Report on vaccination in the Province of Bengal - 1869-1873
Year: 1869
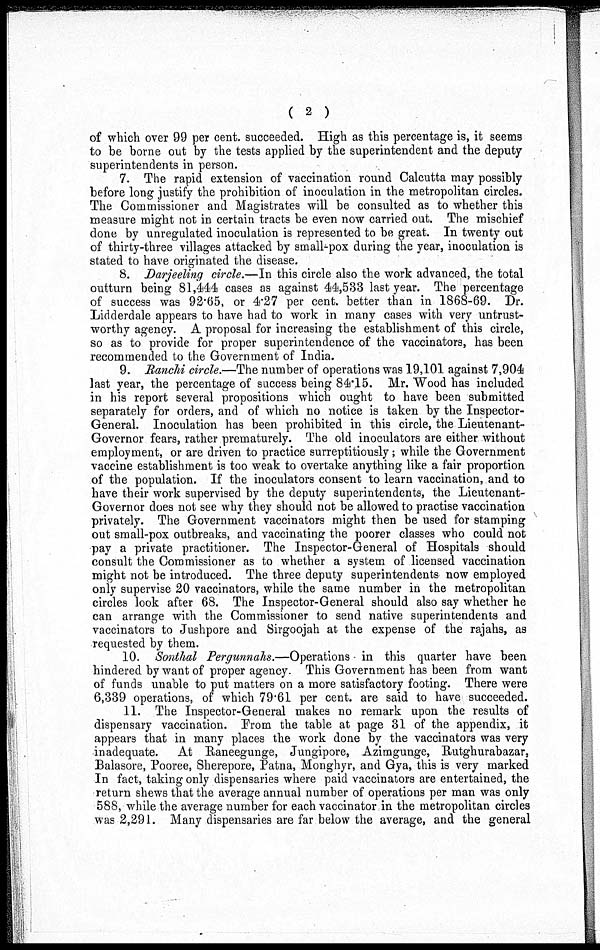
( 2 )
of which over 99 per cent. succeeded. High as this percentage is, it seems
to be borne out by the tests applied by the superintendent and the deputy
superintendents in person.
7. The rapid extension of vaccination round Calcutta may possibly
before long justify the prohibition of inoculation in the metropolitan circles.
The Commissioner and Magistrates will be consulted as to whether this
measure might not in certain tracts be even now carried out. The mischief
done by unregulated inoculation is represented to be great. In twenty out
of thirty-three villages attacked by small-pox during the year, inoculation is
stated to have originated the disease.
8. Darjeeling circle.—In this circle also the work advanced, the total
outturn being 81,444 cases as against 44,533 last year. The percentage
of success was 92.65, or 4.27 per cent. better than in 1868-69. Dr.
Lidderdale appears to have had to work in many cases with very untrust-
worthy agency. A proposal for increasing the establishment of this circle,
so as to provide for proper superintendence of the vaccinators, has been
recommended to the Government of India.
9. Ranchi circle.—The number of operations was 19,101 against 7,904
last year, the percentage of success being 84.15. Mr. Wood has included
in his report several propositions which ought to have been submitted
separately for orders, and of which no notice is taken by the Inspector-
General. Inoculation has been prohibited in this circle, the Lieutenant-
Governor fears, rather prematurely. The old inoculators are either without
employment, or are driven to practice surreptitiously; while the Government
vaccine establishment is too weak to overtake anything like a fair proportion
of the population. If the inoculators consent to learn vaccination, and to
have their work supervised by the deputy superintendents, the Lieutenant-
Governor does not see why they should not be allowed to practise vaccination
privately. The Government vaccinators might then be used for stamping
out small-pox outbreaks, and vaccinating the poorer classes who could not
pay a private practitioner. The Inspector-General of Hospitals should
consult the Commissioner as to whether a system of licensed vaccination
might not be introduced. The three deputy superintendents now employed
only supervise 20 vaccinators, while the same number in the metropolitan
circles look after 68. The Inspector-General should also say whether he
can arrange with the Commissioner to send native superintendents and
vaccinators to Jushpore and Sirgoojah at the expense of the rajahs, as
requested by them.
10. Sonthal Pergunnahs.—Operations in this quarter have been
hindered by want of proper agency. This Government has been from want
of funds unable to put matters on a more satisfactory footing. There were
6,339 operations, of which 79.61 per cent. are said to have succeeded.
11. The Inspector-General makes no remark upon the results of
dispensary vaccination. From the table at page 31 of the appendix, it
appears that in many places the work done by the vaccinators was very
inadequate. At Raneegunge, Jungipore, Azimgunge, Rutghurabazar,
Balasore, Pooree, Sherepore, Patna, Monghyr, and Gya, this is very marked
In fact, taking only dispensaries where paid vaccinators are entertained, the
return shews that the average annual number of operations per man was only
588, while the average number for each vaccinator in the metropolitan circles
was 2,291. Many dispensaries are far below the average, and the general